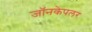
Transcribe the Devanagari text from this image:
जॉनकेपलर